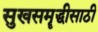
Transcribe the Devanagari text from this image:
सुखसमॄद्धीसाठी